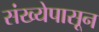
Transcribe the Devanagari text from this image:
संख्येपासून